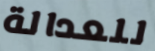
للعدالة